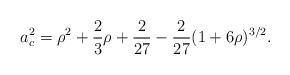
LaTeX: \begin{align*}a_{c}^{2}=\rho ^{2}+\frac{2}{3}\rho +\frac{2}{27}-\frac{2}{27}(1+6\rho)^{3/2}.\end{align*}